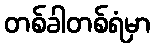
တစ်ခါတစ်ရံမှာ